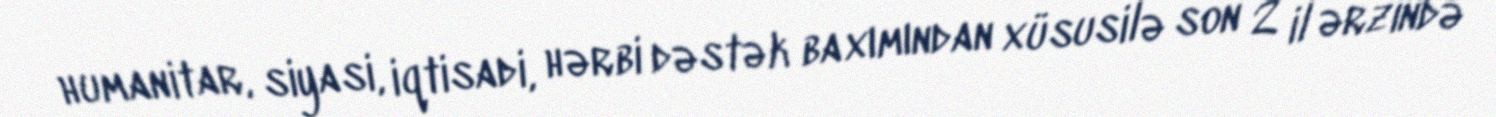
humanitar, siyasi, iqtisadi, hərbi dəstək baxımından xüsusilə son 2 il ərzində